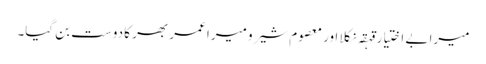
میرا بے اختیار قہقہ نکلا اور معصوم شیرو میرا عمر بھر کا دوست بن گیا۔